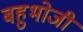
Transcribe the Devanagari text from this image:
बहुभोजी